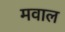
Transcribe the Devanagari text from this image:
मवाल